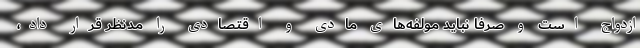
ازدواج است و صرفا نباید مولفه‌های مادی و اقتصادی را مدنظر قرار داد،